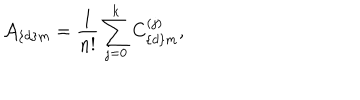
{ \cal A } _ { \{ d \} m } = { \frac { 1 } { n ! } } \sum _ { j = 0 } ^ { k } C _ { \{ d \} m } ^ { ( j ) } ,